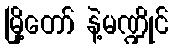
မြို့တော် နဲ့မဏ္ဍိုင်